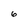
Character: 6